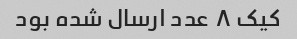
کیک ۸ عدد ارسال شده بود